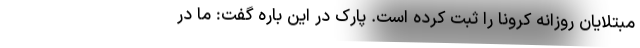
مبتلایان روزانه کرونا را ثبت کرده است. پارک در این باره گفت: ما در